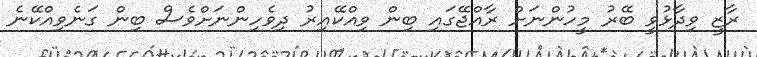
ރާޒީ ވިދާޅުވީ ބޭރު މީހުންނަށް ރާއްޖޭގައި ބިން ވިއްކޭއިރު ދިވެހިންނަށްވެސް ބިން ގަނެވިއްކޭނެ